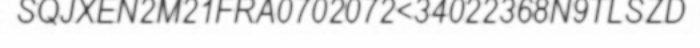
SQJXEN2M21FRA0702072<34022368N9TLSZD